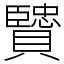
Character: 贒